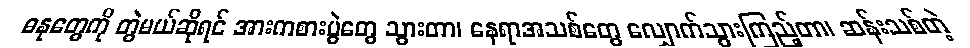
ဓနုတွေကို တွဲမယ်ဆိုရင် အားကစားပွဲတွေ သွားတာ၊ နေရာအသစ်တွေ လျှောက်သွားကြည့်တာ၊ ဆန်းသစ်တဲ့